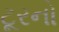
ટૂરનો